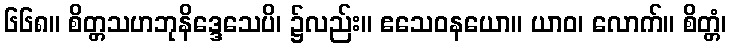
၆၆၈။ စိတ္တသဟဘုနိဒ္ဒေသေပိ၊ ၌လည်း။ ဧသေဝနယော။ ယာဝ၊ လောက်။ စိတ္တံ၊